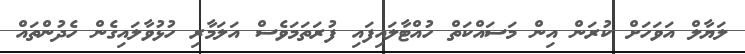
ލަޔާލް އަވަހަށް ކުރަން އިން މަސައްކަތް ހުއްޓާލައިފައި ފުރަތަމަވެސް އަލަމާރި ހުޅުވާލައިގެން ހެދުންތައް